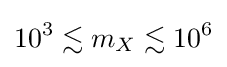
10^{3}\lesssim m_{X}\lesssim 10^{6}